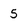
Character: 5